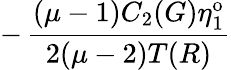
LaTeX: -\, \frac{(\mu-1)C_{2}(G)\eta_{1}^{\mathrm{o}}}{2(\mu-2)T(R)}